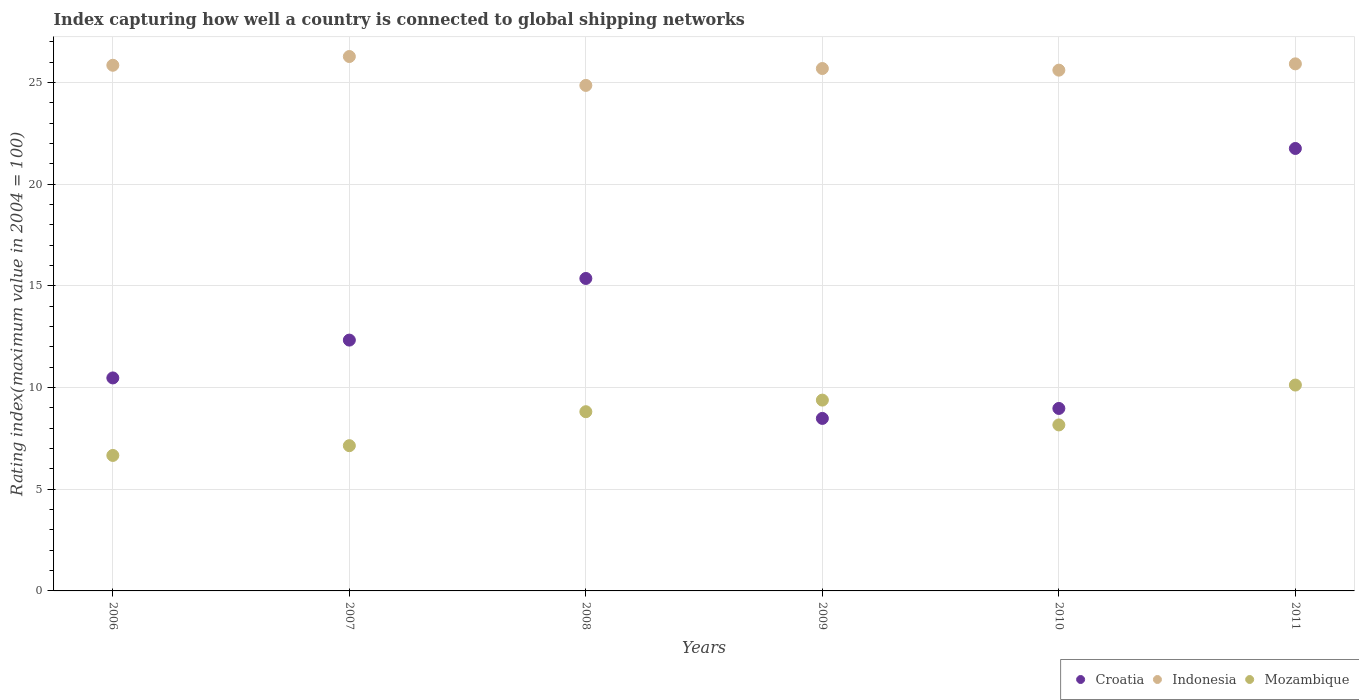
| Years | Croatia | Indonesia | Mozambique |
 | --- | --- | --- | --- |
 | 2006 | 10.5 | 25.8 | 6.66 |
 | 2007 | 12.3 | 26.3 | 7.14 |
 | 2008 | 15.4 | 24.9 | 8.81 |
 | 2009 | 8.48 | 25.7 | 9.38 |
 | 2010 | 8.97 | 25.6 | 8.16 |
 | 2011 | 21.8 | 25.9 | 10.1 |